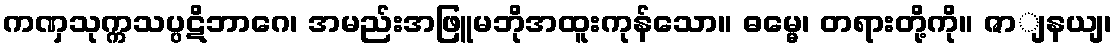
ကဏှသုက္ကသပ္ပဋိဘာဂေ၊ အမည်းအဖြူမဘိုအထူးကုန်သော။ ဓမ္မေ၊ တရားတို့ကို။ ဇာျနယျ၊